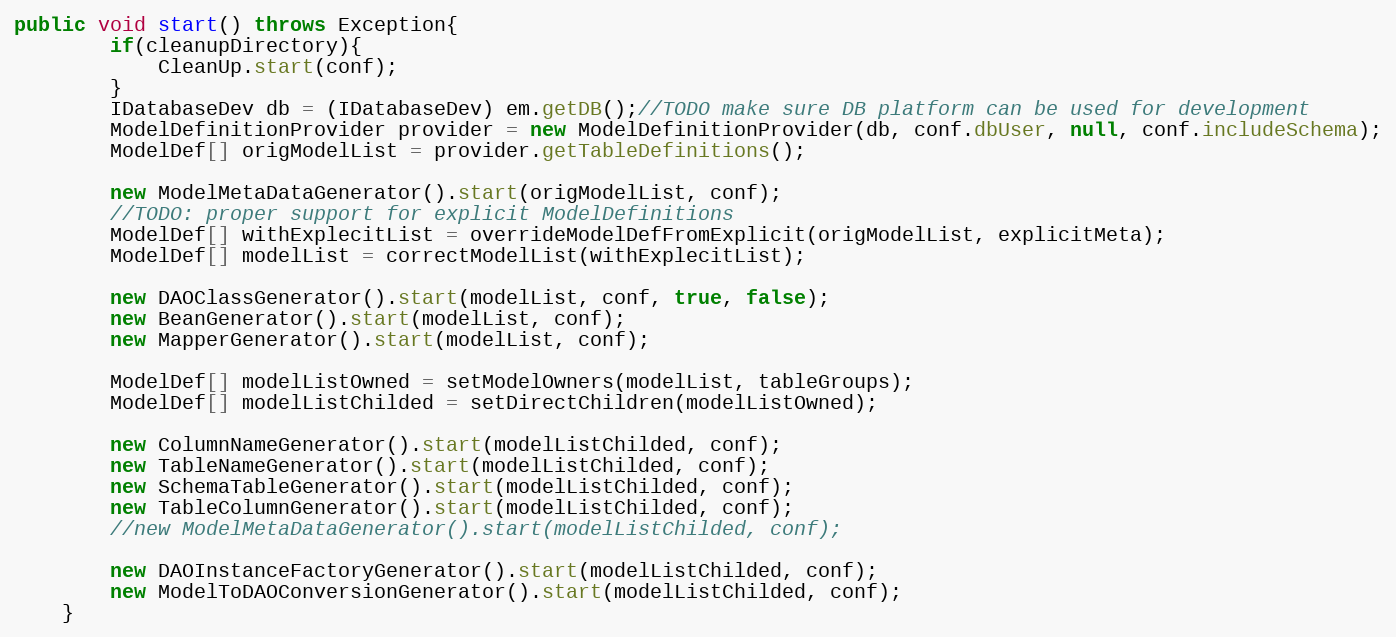
Language: Java
public void start() throws Exception{
		if(cleanupDirectory){
			CleanUp.start(conf);
		}
		IDatabaseDev db = (IDatabaseDev) em.getDB();//TODO make sure DB platform can be used for development
		ModelDefinitionProvider provider = new ModelDefinitionProvider(db, conf.dbUser, null, conf.includeSchema);
		ModelDef[] origModelList = provider.getTableDefinitions();

		new ModelMetaDataGenerator().start(origModelList, conf);
		//TODO: proper support for explicit ModelDefinitions
		ModelDef[] withExplecitList = overrideModelDefFromExplicit(origModelList, explicitMeta);
		ModelDef[] modelList = correctModelList(withExplecitList);

		new DAOClassGenerator().start(modelList, conf, true, false);
		new BeanGenerator().start(modelList, conf);
		new MapperGenerator().start(modelList, conf);

		ModelDef[] modelListOwned = setModelOwners(modelList, tableGroups);
		ModelDef[] modelListChilded = setDirectChildren(modelListOwned);

		new ColumnNameGenerator().start(modelListChilded, conf);
		new TableNameGenerator().start(modelListChilded, conf);
		new SchemaTableGenerator().start(modelListChilded, conf);
		new TableColumnGenerator().start(modelListChilded, conf);
		//new ModelMetaDataGenerator().start(modelListChilded, conf);

		new DAOInstanceFactoryGenerator().start(modelListChilded, conf);
		new ModelToDAOConversionGenerator().start(modelListChilded, conf);
	}